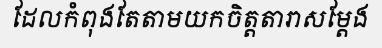
ដែលកំពុងតែតាមយកចិត្តតារាសម្តែង